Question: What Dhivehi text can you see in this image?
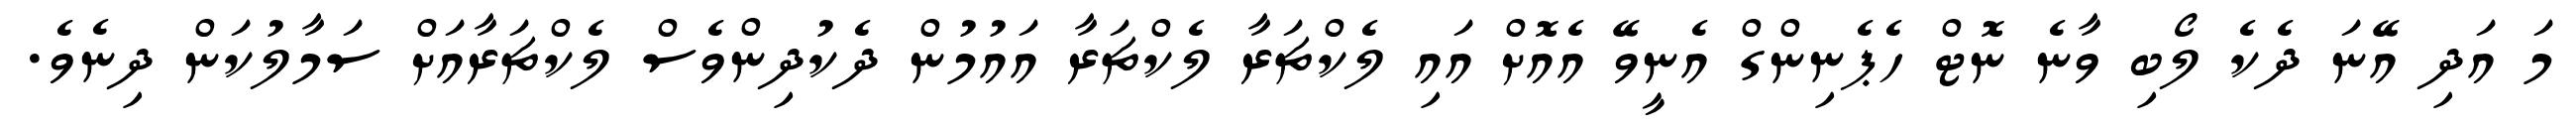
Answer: މަ އަދި އޭނަ ދެކެ ލޯބި ވާނެ ނޮޓް ހެޕެނިންގް އެނީވޭ އެއޮށް އައި ލެކްޗަރާ ލެކްޗަރާ އައުމުން ދެކުދިންވެސް ލެކްޗަރާއަށް ސަމާލުކަން ދިނެވެ.